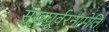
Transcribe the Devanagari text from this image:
सुखघूर्वरनामेति